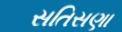
સતિસણા